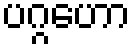
ပဂ္ဂဟော